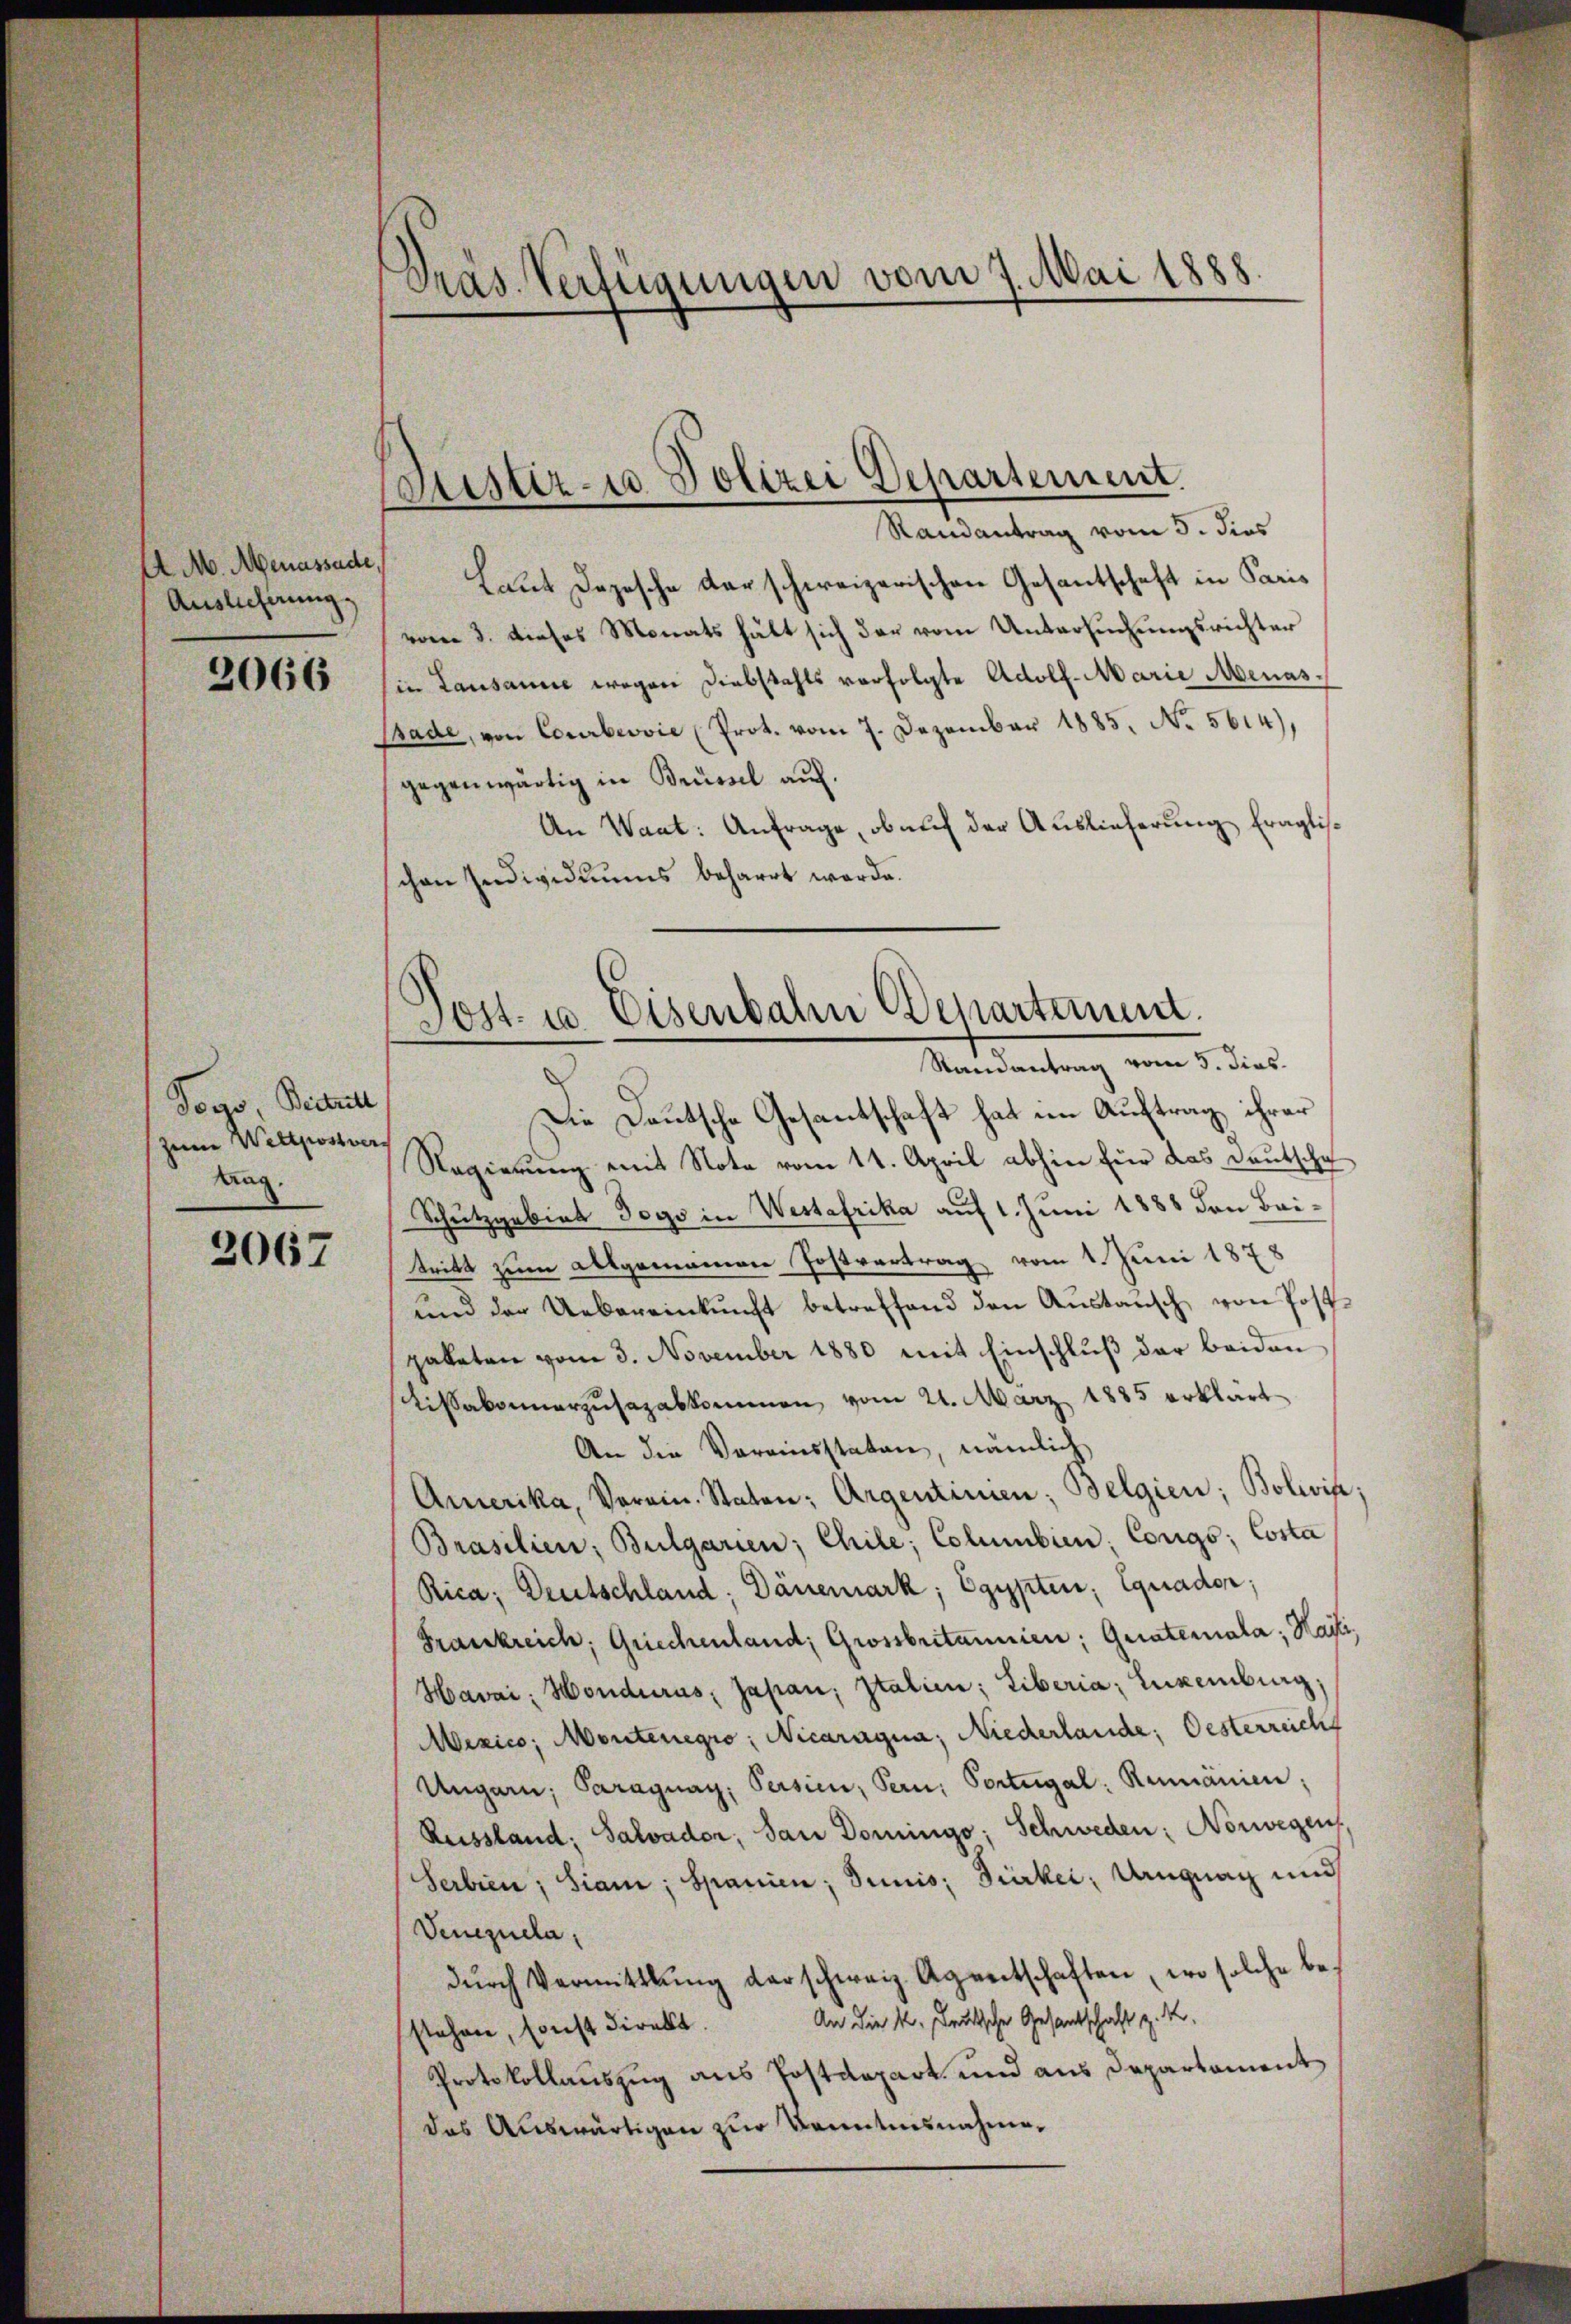
A M. Menassade.
Auslichnung.

2066

Togo, Bietritt
zum Weltpostvers
tag.

2067

Präs. Verfügungen vom 7. Mai 1888

Muester- u Polizei Departement.

Randantrag vom 5. dies
Laut Depesche darschweizerischen Gesantschaft in Paris
vom 3. dieses Monats hält sich der vom Untersuchungsrichter
in Lausanne wegen Diebstahls verfolgte Adolf Marie Menasssade, von Courbeovic (Prot. vom 7. Dezember 1885. No. 5614),
gegenwärtig in Brüssel auf.
An Want: Anfrage, ob auf der Auslieferung fraglischen Individuums beharrt werde.

Post- u. Eisenbahn Departement.
Randantrag vom 5. dies

Die Deutsche Gesantschaft hat im Auftrag ihrer
Regierung mit Note vom 11. April abhin für das Deutscha
Schutzgebiet Togs in Westafrika auf 1. Juni 1888 den Baitritt zum allgemeinen Postvertrag vom 1. Juni 1878
und der Uebereinkunft betreffend den Aŭstansch von Postpaketen vom 3. November 1880 mit Einschluß der beiden
Lissabonnerzusazabkommen, vom 21. März 1885 erklärt
An die Vereinsstaten, nämlich
Amerika, Verein. Staten; Argentimen; Belgien; Bolivia;
Brasilien, Bulgarien; Chile; Columbien: Corgo; Costa
Rica, Deutschland; Dänemark, Egypten; Equadon;
Frankreich, Griechenland, Grossbritannien; Gerateriala, Marti¬
Havai, Honduras, Japan, Italien; Liberia Euxenburg,
Mexico, Montenegio: Nicaragua; Niederlande, Oesterreich
Ungarn, Paraguay, Persien, Pern, Portugal: Remanien;
Reissland: Salvader, San Domingo; Schweden: Norwegen,
Serbien; Siam; Spanien; drinis; Türkei; Ungnag und
Venezuela
dŭrch Vermittlung darschweiz. Agentschaften, wo solche be-
An die k. Leutsche Gesandschaft z. K.
stehen, sonst direkt.
Protokollauszug aus Postdepart und aus Departament
das Auswärtigen zur Kenntnisnahme¬